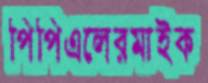
পিপিএলেরমাইক